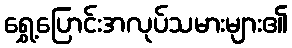
ရွှေ့ပြောင်းအလုပ်သမားများ၏